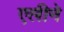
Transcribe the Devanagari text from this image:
एलीने